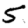
Digit: 5